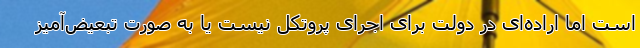
است اما اراده‌ای در دولت برای اجرای پروتکل نیست یا به صورت تبعیض‌آمیز